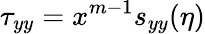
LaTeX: \tau_{yy}=x^{m-1}s_{yy}(\eta)